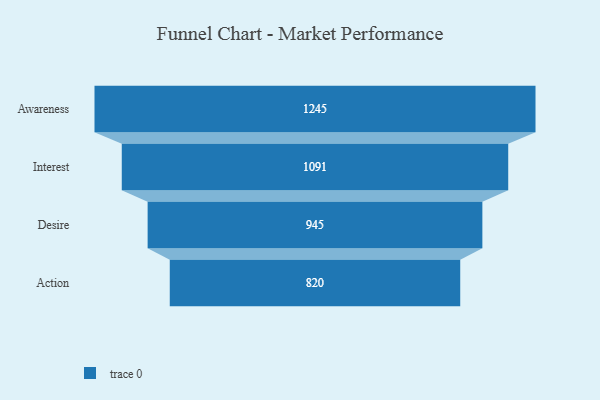
{"axis": {"x": "Stage", "y": "Value"}, "legend": [""], "data": [{"x": "Awareness", "y": 1245.0, "type": ""}, {"x": "Interest", "y": 1091.0, "type": ""}, {"x": "Desire", "y": 945.0, "type": ""}, {"x": "Action", "y": 820.0, "type": ""}]}